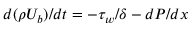
{ d ( \rho U _ { b } ) } / { d t } = - { \tau _ { w } } / { \delta } - { d P } / { d x }